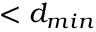
< d _ { m i n }